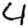
Digit: 4